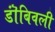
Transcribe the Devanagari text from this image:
डॊंबिवली